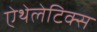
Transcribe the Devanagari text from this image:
ऐथेलेटिक्स